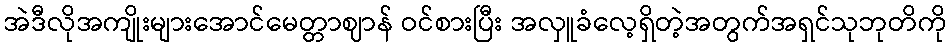
အဲဒီလိုအကျိုးများအောင်မေတ္တာဈာန် ဝင်စားပြီး အလှူခံလေ့ရှိတဲ့အတွက်အရှင်သုဘုတိကို